Lunatic asylums Central Provinces reports 1874-1885 - 1874-1885
Year: 1874
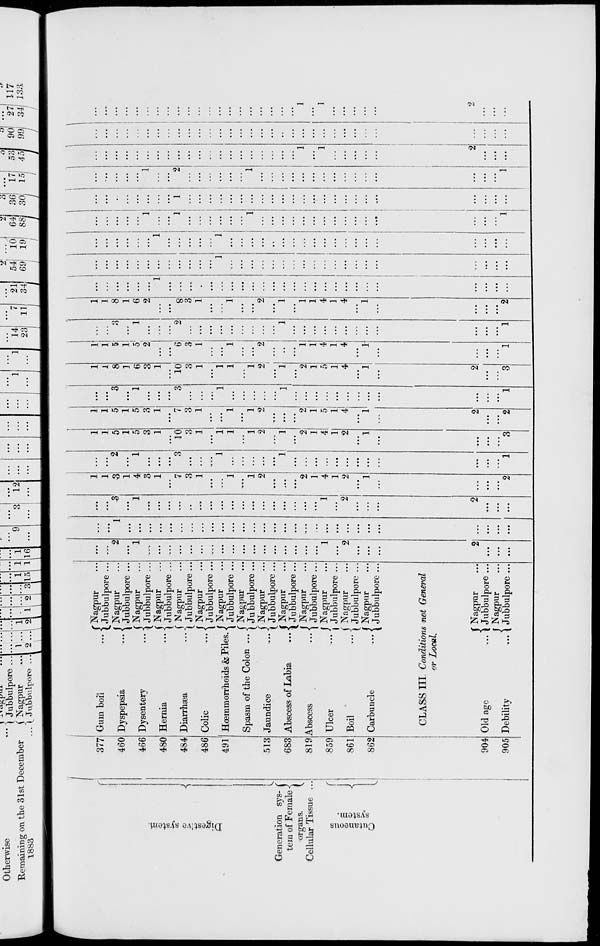
Digestive system
Generation sys-
tern of Female
organs.
Cellular Tissue ...
Cutaneous
system.
377
460
466
480
484
486
491
513
683
819
859
861
862
904
905
Gum boil
...
Dyspepsia
...
Dysentery
...
Hernia
...
Diarrhæa
...
Colic
...
Hœmmorrheids & Piles.
Spasm of the Colon ...
Jaundice
...
Abscess of Labia
...
Abscess
...
Ulcer
...
Boil
...
Carbuncle
...
Nagpur ...
Jubbulpore ...
Nagpur ...
Jubbulpore ...
Nagpur ...
Jubbulpore ...
Nagpur ...
Jubbulpore ...
Nagpur ...
Jubbulpore...
Nagpur ...
Jubbulpore ...
Nagpur ...
Jubbulpore ...
Nagpur ...
Jubbulpore ...
Nagpur ...
Jubbulpore ...
Nagpur ...
Jubbulpore ...
Nagpur ...
Jubbulpore ...
Nagpur ...
Jubbulpore ...
Nagpur ...
Jubbulpore ...
Nagpur ...
Jubbulpore ...
CLASS III. Conditions not General
or Local.
Old age
...
Debility
...
Nagpur ...
Jubbulpore ...
Nagpur ...
Jubbulpore ...
...
...
2
...
1
...
...
...
...
...
...
...
...
...
...
...
...
...
...
...
...
...
1
...
2
...
...
...
2
...
...
...
...
...
1
...
...
...
...
...
...
...
...
...
...
...
...
...
...
...
...
...
...
...
...
...
...
...
...
...
...
...
...
...
...
...
3
...
1
...
...
...
...
...
...
...
...
...
...
...
...
...
...
...
...
...
1
...
2
...
...
...
2
...
...
...
1
1
3
1
4
3
1
...
7
3
1
...
...
1
...
1
2
...
...
...
2
1
4
1
2
...
1
...
...
...
...
2
...
...
2
...
1
...
...
...
3
...
...
...
1
...
...
...
...
...
1
...
...
...
...
...
...
...
...
...
...
...
...
1
1
1
5
1
5
3
1
...
10
3
1
...
1
1
...
1
2
...
1
...
2
1
4
1
2
...
1
...
...
...
...
3
1
1
5
1
5
3
1
...
7
3
1
...
...
1
...
1
2
...
...
...
2
1
5
1
4
...
1
...
2
...
...
2
...
...
3
...
1
...
...
...
3
...
...
...
1
...
...
...
...
...
1
...
...
...
...
...
...
...
...
...
...
...
...
1
1
1
8
1
6
3
1
...
10
3
1
...
1
1
...
1
2
...
1
...
2
1
5
1
4
...
1
...
2
...
...
3
1
1
5
1
5
2
...
...
6
3
1
...
...
1
...
...
2
...
...
...
1
1
4
1
4
...
1
...
...
...
...
1
...
...
3
...
1
...
...
...
2
...
...
...
...
...
...
...
...
...
1
...
...
...
...
...
...
...
...
...
...
...
...
1
1
1
8
1
6
2
...
...
8
3
1
...
...
1
...
...
2
...
1
...
1
1
4
1
4
...
1
...
...
...
...
2
...
...
...
...
...
...
1
...
...
...
...
...
...
...
...
...
...
...
...
...
...
...
...
...
...
...
...
...
...
...
...
...
...
...
...
...
...
...
...
...
...
...
1
...
...
...
...
...
...
...
...
...
...
...
...
...
...
...
...
...
...
...
...
...
...
...
...
...
1
...
...
...
...
...
1
...
...
...
...
...
...
...
...
...
...
...
...
...
...
...
...
...
...
...
...
...
...
...
...
1
...
...
1
...
...
...
...
...
...
1
...
...
...
...
...
...
...
...
...
...
...
...
...
...
...
1
...
...
...
...
...
...
...
...
1
...
...
...
...
...
...
...
...
...
...
...
...
...
...
...
...
...
...
...
...
...
...
...
...
...
...
...
...
1
...
...
2
...
...
...
...
...
...
1
...
...
...
...
...
...
...
...
...
...
...
...
...
...
...
1
...
...
...
...
...
...
...
...
...
...
...
...
...
...
...
...
...
...
...
...
1
...
1
...
...
...
...
...
2
...
...
...
...
...
...
...
...
...
...
...
...
...
...
...
...
...
...
...
...
...
...
...
...
...
...
...
...
...
...
...
...
...
...
...
...
...
...
...
...
...
...
...
...
...
...
...
...
...
...
...
...
...
...
...
1
...
1
...
...
...
...
...
9
...
...
...